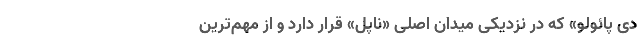
دی پائولو» که در نزدیکی میدان اصلی «ناپل» قرار دارد و از مهم‌ترین